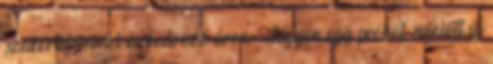
szakértelemmel és kedvező áron. Tegyen egy próbát, mielőtt új